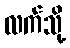
လက်သို့